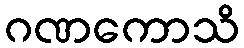
ဂဏကောသိ